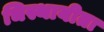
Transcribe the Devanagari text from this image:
चिस्थायीता